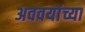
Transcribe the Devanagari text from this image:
अववयांच्या